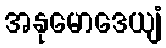
အနုမောဒေယျံ